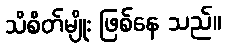
သိစိတ်မျိုး ဖြစ်နေ သည်။